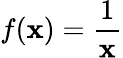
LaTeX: f(\mathbf{x})={\frac{{1}}{{\mathbf{x}}}}